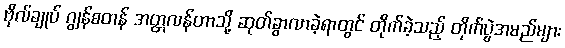
ဗိုလ်ချုပ် ဂျွန်စတန် အတ္တလန်တာသို့ ဆုတ်ခွာလာခဲ့ရာတွင် တိုက်ခဲ့သည့် တိုက်ပွဲအမည်များ